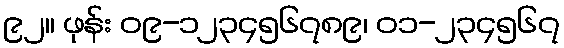
၉၂။ ဖုန်း ၀၉-၁၂၃၄၅၆၇၈၉၊ ၀၁-၂၃၄၅၆၇